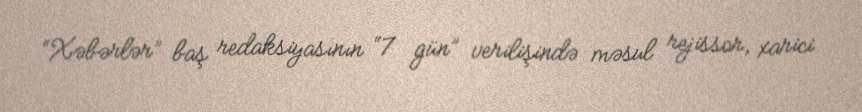
“Xəbərlər” baş redaksiyasının “7 gün” verilişində məsul rejissor, xarici